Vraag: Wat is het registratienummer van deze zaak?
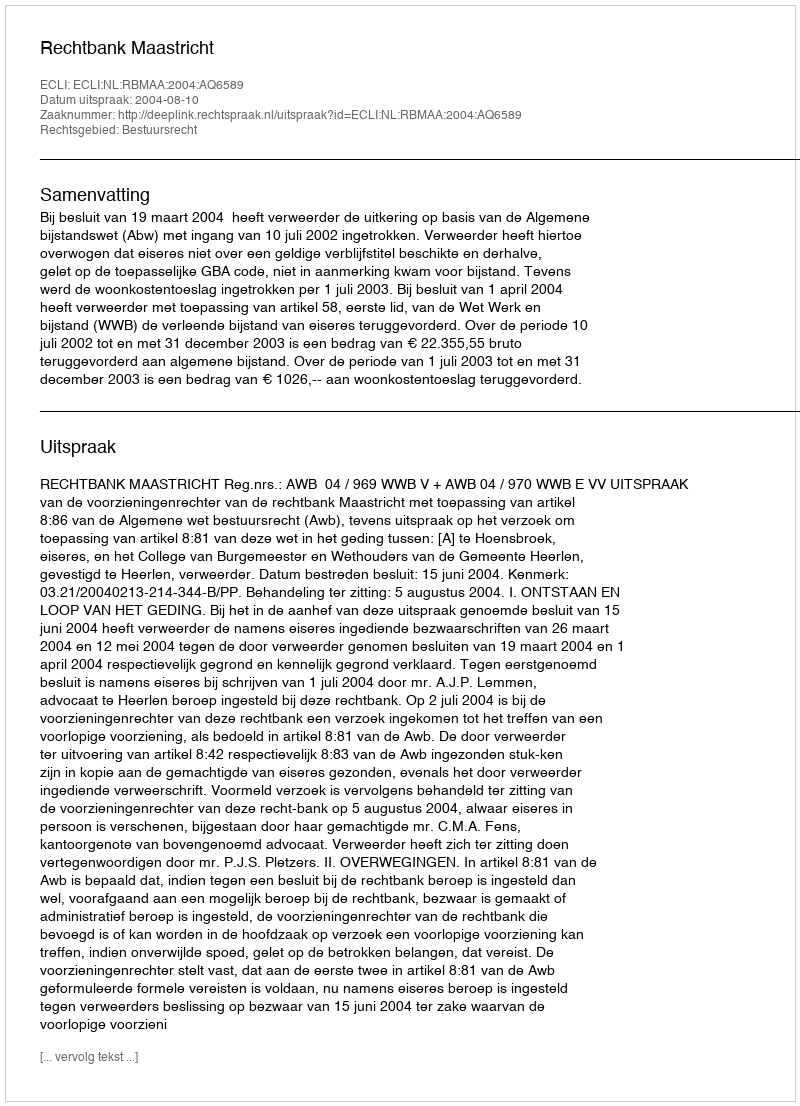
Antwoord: http://deeplink.rechtspraak.nl/uitspraak?id=ECLI:NL:RBMAA:2004:AQ6589